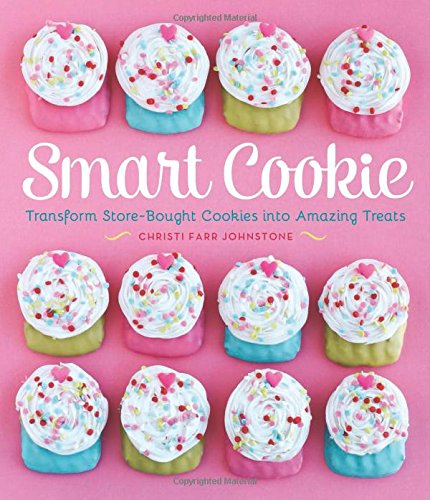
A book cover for Smart Cookie: Transform Store-Bought Cookies Into Amazing Treats; Christi Johnstone; Cookbooks, Food & Wine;